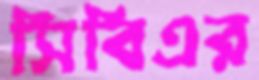
সিবিএর